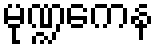
မုဏ္ဍကေန